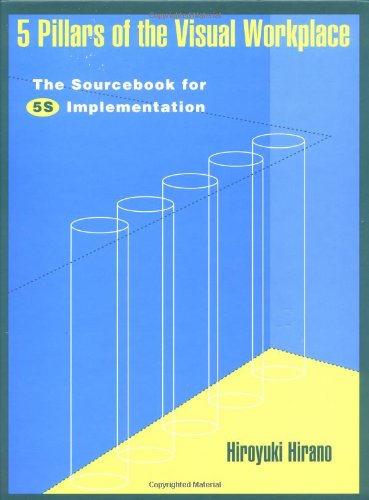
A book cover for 5 Pillars of the Visual Workplace: The Sourcebook for 5S Implementation (For Your Organization!); Hiroyuki Hirano; Business & Money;